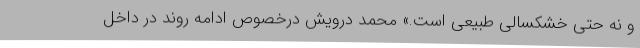
و نه حتی خشکسالی طبیعی است.» محمد درویش درخصوص ادامه روند در داخل